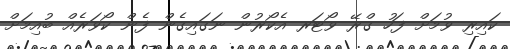
ކައިރި ވުމަށް ފަހު ގްރޭ ވޯޓަރ އެކޯރުން ނަގައިގެން ފެން ކޯވަރެއް ބުއިމަށް